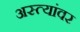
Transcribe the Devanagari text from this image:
अस्त्यांवर